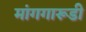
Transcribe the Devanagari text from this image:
मांगगारूडी